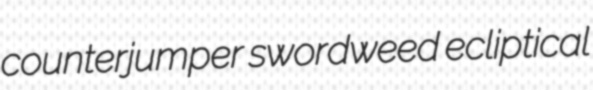
counterjumper swordweed ecliptical